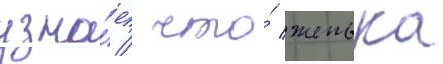
узна́ет / что́ женька